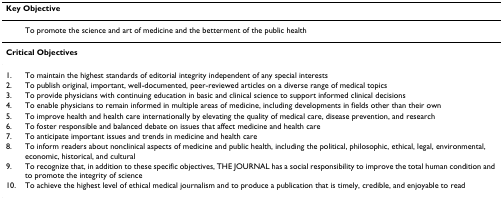
<table><thead><tr><td colspan="2"><b>Key Objective</b></td></tr></thead><tbody><tr><td></td><td>To promote the science and art of medicine and the betterment of the public health</td></tr><tr><td colspan="2"><b>Critical Objectives</b></td></tr><tr><td>1.</td><td>To maintain the highest standards of editorial integrity independent of any special interests</td></tr><tr><td>2.</td><td>To publish original, important, well-documented, peer-reviewed articles on a diverse range of medical topics</td></tr><tr><td>3.</td><td>To provide physicians with continuing education in basic and clinical science to support informed clinical decisions</td></tr><tr><td>4.</td><td>To enable physicians to remain informed in multiple areas of medicine, including developments in fields other than their own</td></tr><tr><td>5.</td><td>To improve health and health care internationally by elevating the quality of medical care, disease prevention, and research</td></tr><tr><td>6.</td><td>To foster responsible and balanced debate on issues that affect medicine and health care</td></tr><tr><td>7.</td><td>To anticipate important issues and trends in medicine and health care</td></tr><tr><td>8.</td><td>To inform readers about nonclinical aspects of medicine and public health, including the political, philosophic, ethical, legal, environmental, economic, historical, and cultural</td></tr><tr><td>9.</td><td>To recognize that, in addition to these specific objectives, THE JOURNAL has a social responsibility to improve the total human condition and to promote the integrity of science</td></tr><tr><td>10.</td><td>To achieve the highest level of ethical medical journalism and to produce a publication that is timely, credible, and enjoyable to read</td></tr></tbody></table>